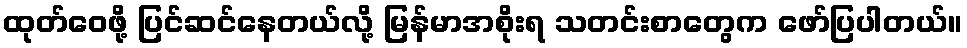
ထုတ်ဝေဖို့ ပြင်ဆင်နေတယ်လို့ မြန်မာအစိုးရ သတင်းစာတွေက ဖော်ပြပါတယ်။